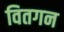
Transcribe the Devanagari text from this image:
वितगन